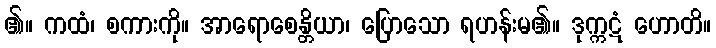
၏။ ကထံ၊ စကားကို။ အာရောစေန္တိယာ၊ ပြောသော ရဟန်းမ၏။ ဒုက္ကဋံ ဟောတိ။